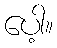
ပေါ့။